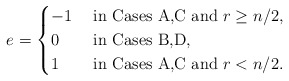
\begin{align*} e = \begin{cases}-1 & \textrm{ in Cases A,C and } r \geq n/2,\\0 & \textrm{ in Cases B,D,}\\1 & \textrm{ in Cases A,C and } r < n/2.\end{cases}\end{align*}